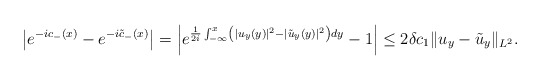
\begin{align*}\begin{aligned}\left|e^{-ic_-(x)}-e^{-i\tilde{c}_-(x)} \right|&=\left|e^{\frac{1}{2i}\int_{-\infty}^x\left(|u_y(y)|^2-|\tilde{u}_y(y)|^2\right)dy}-1\right|\leq 2\delta c_1 \|u_y-\tilde{u}_y\|_{L^2}.\end{aligned}\end{align*}